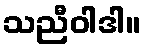
သညီဝါဒါ။